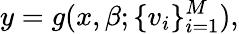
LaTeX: y=g(x,\beta;\{ v_{i}\} _{i=1}^{M}),